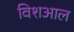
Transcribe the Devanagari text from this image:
विशआल